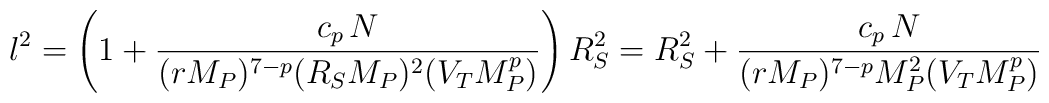
l^2 = \left(1 + { c_p \,N \over (r M_P)^{7-p} (R_S M_P)^2 (V_T                     M_P^p)} \right) R_S^2 = R_S^2 +  { c_p \,N \over (r M_P)^{7-p} M_P^2 (V_T                     M_P^p)}